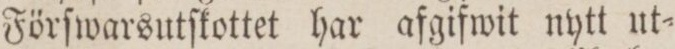
Förſwarsutſkottet har afgifwit nytt ut=